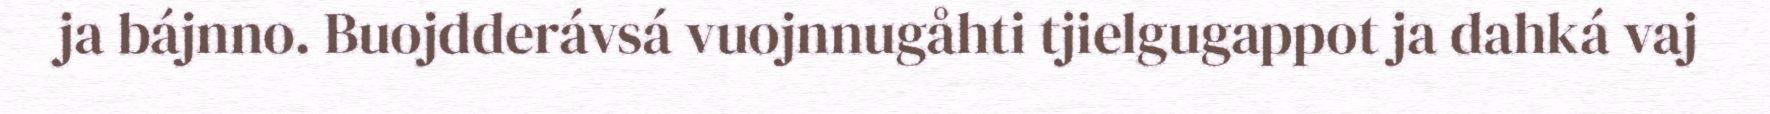
ja bájnno. Buojdderávsá vuojnnugåhti tjielgugappot ja dahká vaj